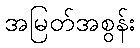
အမြတ်အစွန်း